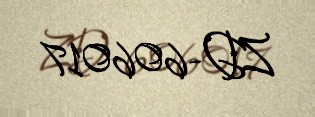
ZD-606017